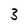
Character: 3